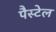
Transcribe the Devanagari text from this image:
पैस्टेल